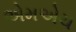
એમએચ